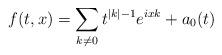
LaTeX: \begin{align*}f(t,x)=\sum_{k\neq 0}t^{|k|-1}e^{ixk}+a_0(t)\end{align*}